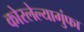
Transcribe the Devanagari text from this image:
कोरलेल्यागुंफा